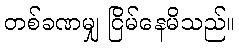
တစ်ခဏမျှ ငြိမ်နေမိသည်။